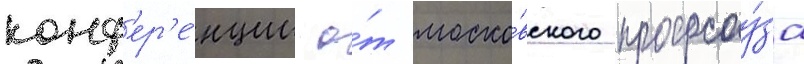
конф'ер'е́нции о́т моско́вского профсоу́за